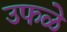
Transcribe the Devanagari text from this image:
उफळे